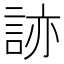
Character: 𧧩